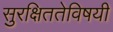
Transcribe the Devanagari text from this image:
सुरक्षिततेविषयी